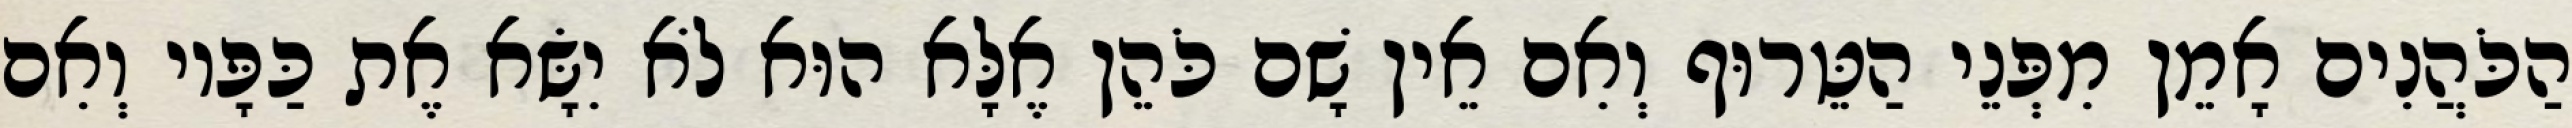
הַכֹּהֲנִים אָמֵן מִפְּנֵי הַטֵּרוּף וְאִם אֵין שָׁם כֹּהֵן אֶלָּא הוּא לֹא יִשָּׂא אֶת כַּפָּיו וְאִם